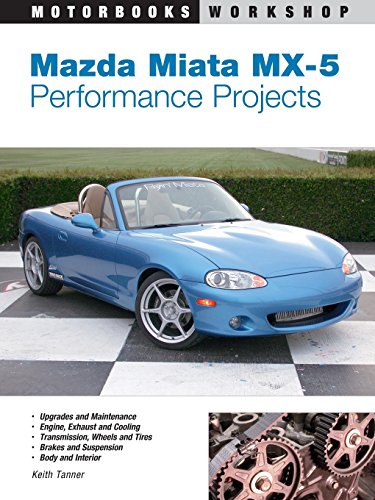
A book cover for Mazda Miata MX-5 Performance Projects (Motorbooks Workshop); Keith Tanner; Engineering & Transportation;